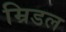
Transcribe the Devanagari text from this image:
म्रिडल